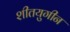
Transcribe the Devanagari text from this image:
शीतयुगीन